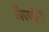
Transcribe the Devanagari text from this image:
प्रिज्योनी